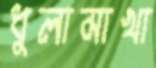
ধুলামাখা